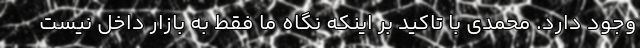
وجود دارد. محمدی با تاکید بر اینکه نگاه ما فقط به بازار داخل نیست